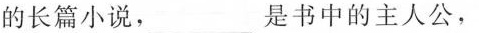
的长篇小说，___是书中的主人公，